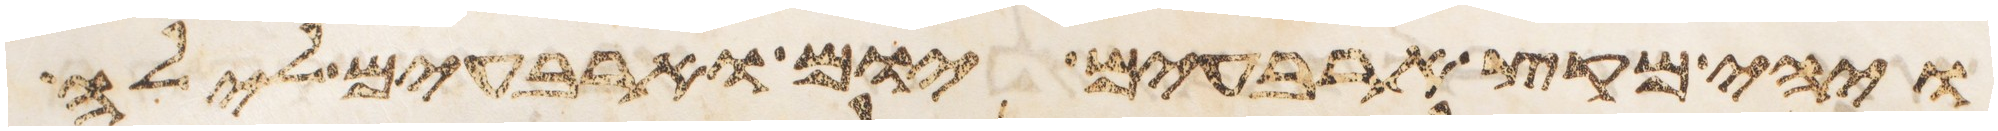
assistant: ויהי מקץ ארבעים יום וארבעים לילה